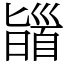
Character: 䭬